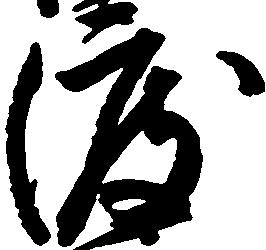
渡